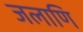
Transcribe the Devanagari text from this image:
जलाणि